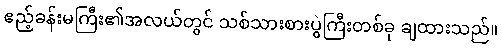
ဧည့်ခန်းမကြီး၏အလယ်တွင် သစ်သားစားပွဲကြီးတစ်ခု ချထားသည်။